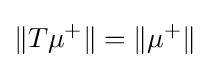
\|T\mu ^{+}\|=\|\mu ^{+}\|